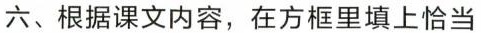
六、根据课文内容，在方框里填上恰当